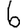
Digit: 6